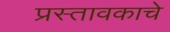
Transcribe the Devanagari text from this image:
प्रस्तावकाचे